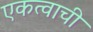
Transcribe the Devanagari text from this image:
एकत्वाची